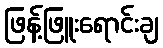
ဖြန့်ဖြူးရောင်းချ